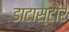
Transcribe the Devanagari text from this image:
डाटास्टोर